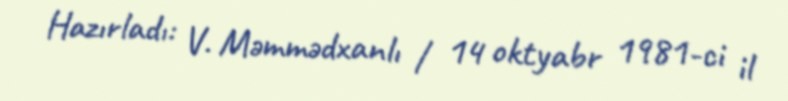
Hazırladı: V. Məmmədxanlı / 14 oktyabr 1981-ci il